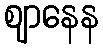
ဈာနေန